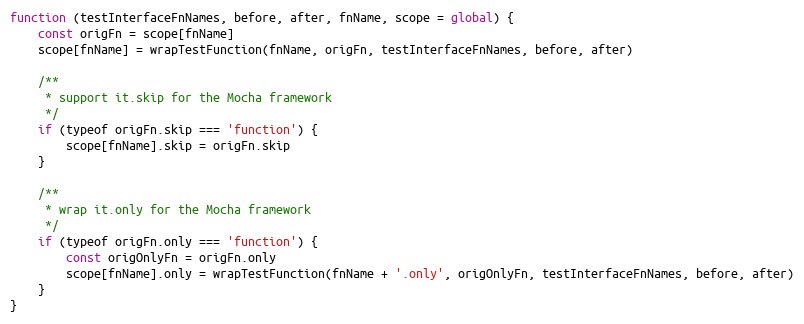
Language: JavaScript
function (testInterfaceFnNames, before, after, fnName, scope = global) {
    const origFn = scope[fnName]
    scope[fnName] = wrapTestFunction(fnName, origFn, testInterfaceFnNames, before, after)

    /**
     * support it.skip for the Mocha framework
     */
    if (typeof origFn.skip === 'function') {
        scope[fnName].skip = origFn.skip
    }

    /**
     * wrap it.only for the Mocha framework
     */
    if (typeof origFn.only === 'function') {
        const origOnlyFn = origFn.only
        scope[fnName].only = wrapTestFunction(fnName + '.only', origOnlyFn, testInterfaceFnNames, before, after)
    }
}